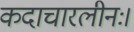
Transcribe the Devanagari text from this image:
कदाचारलीनः।